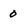
Character: o